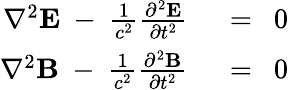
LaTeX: {\begin{array}{rl}{\nabla^{2}\mathbf{E}\ -\ {\frac{1}{c^{2}}}{\frac{\partial^{2}\mathbf{E}}{\partial t^{2}}}\ \ }&{=\ \ 0}\\ {\nabla^{2}\mathbf{B}\ -\ {\frac{1}{c^{2}}}{\frac{\partial^{2}\mathbf{B}}{\partial t^{2}}}\ \ }&{=\ \ 0}\end{array}}